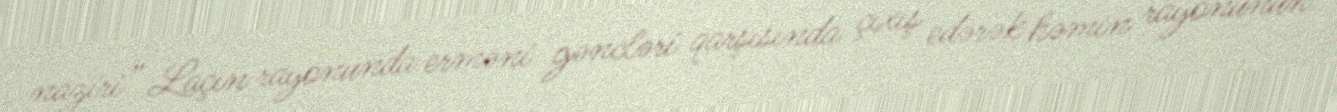
naziri” Laçın rayonunda erməni gəncləri qarşısında çıxış edərək həmin rayonunun